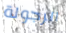
الرجولة